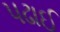
પઢાઈ